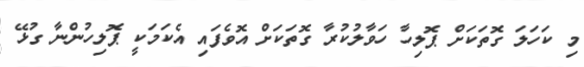
މި ކަހަލަ ގޮތަކަށް ޕޮލިހާ ހަވާލުކުރާ ގޮތަކަށް އޮވެފައި އެކަމަކީ ޕޮލިހުންނާ ގުޅޭ